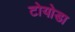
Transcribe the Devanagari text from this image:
टोयोडा